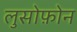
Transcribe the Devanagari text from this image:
लुसोफ़ोन